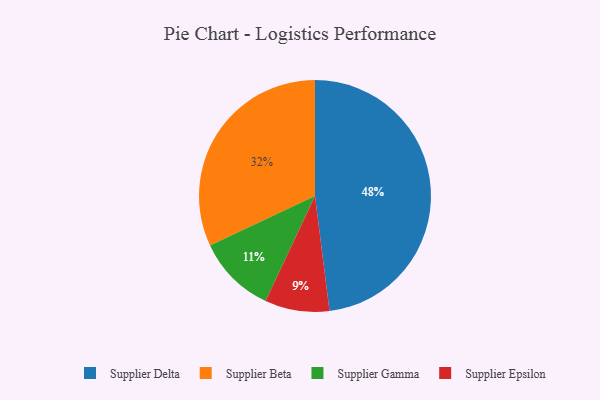
{"axis": {"x": "Category", "y": "Percentage"}, "legend": ["Supplier Beta", "Supplier Delta", "Supplier Epsilon", "Supplier Gamma"], "data": [{"x": "Supplier Gamma", "y": 11, "type": "Supplier Gamma"}, {"x": "Supplier Epsilon", "y": 9, "type": "Supplier Epsilon"}, {"x": "Supplier Delta", "y": 48, "type": "Supplier Delta"}, {"x": "Supplier Beta", "y": 32, "type": "Supplier Beta"}]}